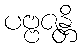
ပဗ္ဗဇန္တိ